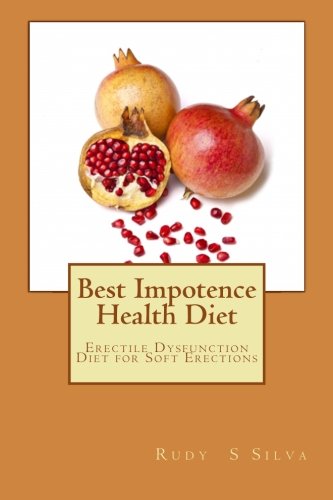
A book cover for Best Impotence Health Diet: Erectile Dysfunction Diet for Soft Erections; Mr Rudy Silva Silva; Health, Fitness & Dieting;